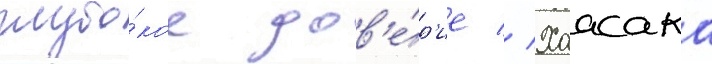
глубо́кое дов'е́р'ие // Хаасака